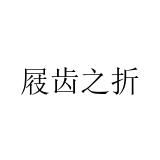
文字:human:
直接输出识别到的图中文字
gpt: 屐齿之折